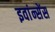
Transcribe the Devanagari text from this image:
इवांन्सेंस